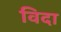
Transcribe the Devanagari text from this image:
विदा